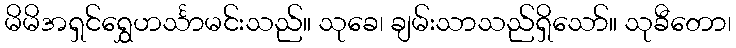
မိမိအရှင်ရွှေဟင်္သာမင်းသည်။ သုခေ၊ ချမ်းသာသည်ရှိသော်။ သုခီတော၊